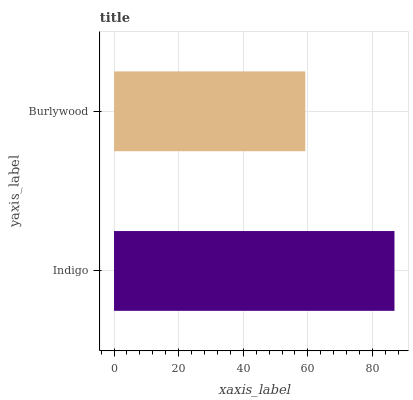
| yaxis_label | bars |
 | --- | --- |
 | Indigo | 86.8 |
 | Burlywood | 59.2 |